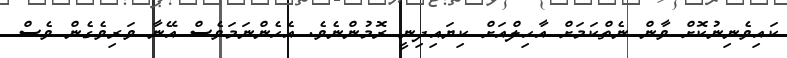
ކައިވެނިނުކޮށް ވާން ނެތްކަމަށް އާހިލްއަށް ކިޔައިދިނީ ރޮމުންނެވެ. އެހެންނަމަވެސް އޭނާ ވަރިވެގެން ވެސް